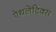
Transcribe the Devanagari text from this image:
ऐथलेटिक्स